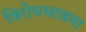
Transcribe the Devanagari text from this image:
विरोधभावना